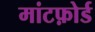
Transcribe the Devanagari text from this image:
मांटफ़ोर्ड